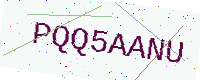
Text: PQQ5AANU